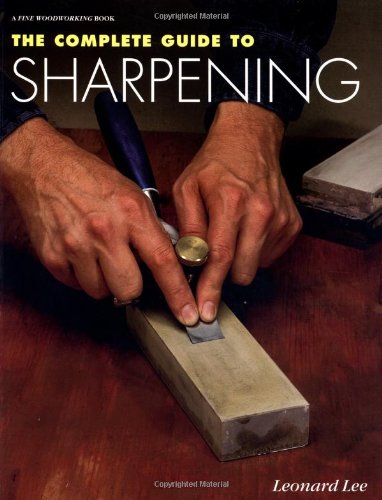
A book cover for The Complete Guide to Sharpening; Leonard Lee; Crafts, Hobbies & Home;